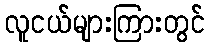
လူငယ်များကြားတွင်